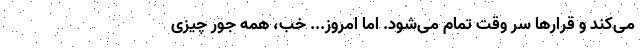
می‌کند و قرارها سر وقت تمام می‌شود. اما امروز... خب، همه ‌جور چیزی